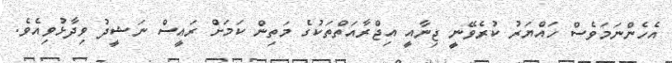
އެހެންނަމަވެސް ހައްޔަރު ކުރެވޭނީ ޖިނާއީ އިޖްރާއަތްތަކުގެ މަތިން ކަމަށް ރައީސް ނަޝީދު ވިދާޅުވިއެވެ.